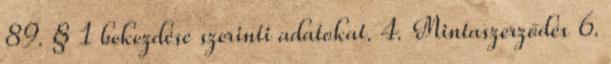
89. § 1 bekezdése szerinti adatokat. 4. Mintaszerződés 6.